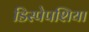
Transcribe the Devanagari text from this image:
डिस्पेपशिया